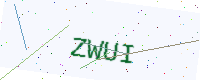
Text: ZWUI